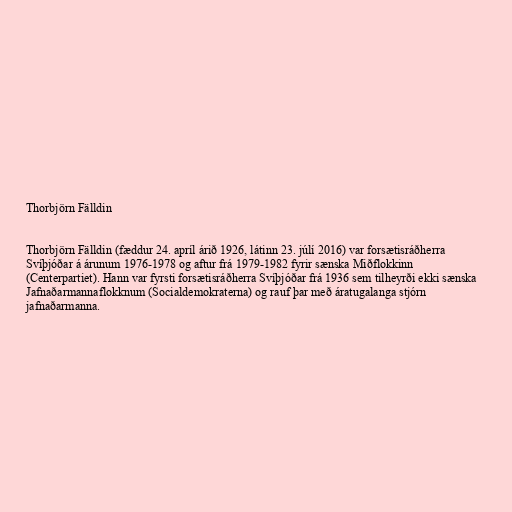
Thorbjörn Fälldin

Thorbjörn Fälldin (fæddur 24. apríl árið 1926, látinn 23. júlí 2016) var forsætisráðherra
Svíþjóðar á árunum 1976-1978 og aftur frá 1979-1982 fyrir sænska Miðflokkinn
(Centerpartiet). Hann var fyrsti forsætisráðherra Svíþjóðar frá 1936 sem tilheyrði ekki sænska
Jafnaðarmannaflokknum (Socialdemokraterna) og rauf þar með áratugalanga stjórn
jafnaðarmanna.